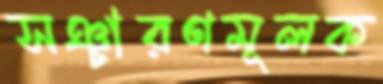
সঞ্চারণমূলক